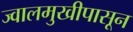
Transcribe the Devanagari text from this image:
ज्वालमुखीपासून